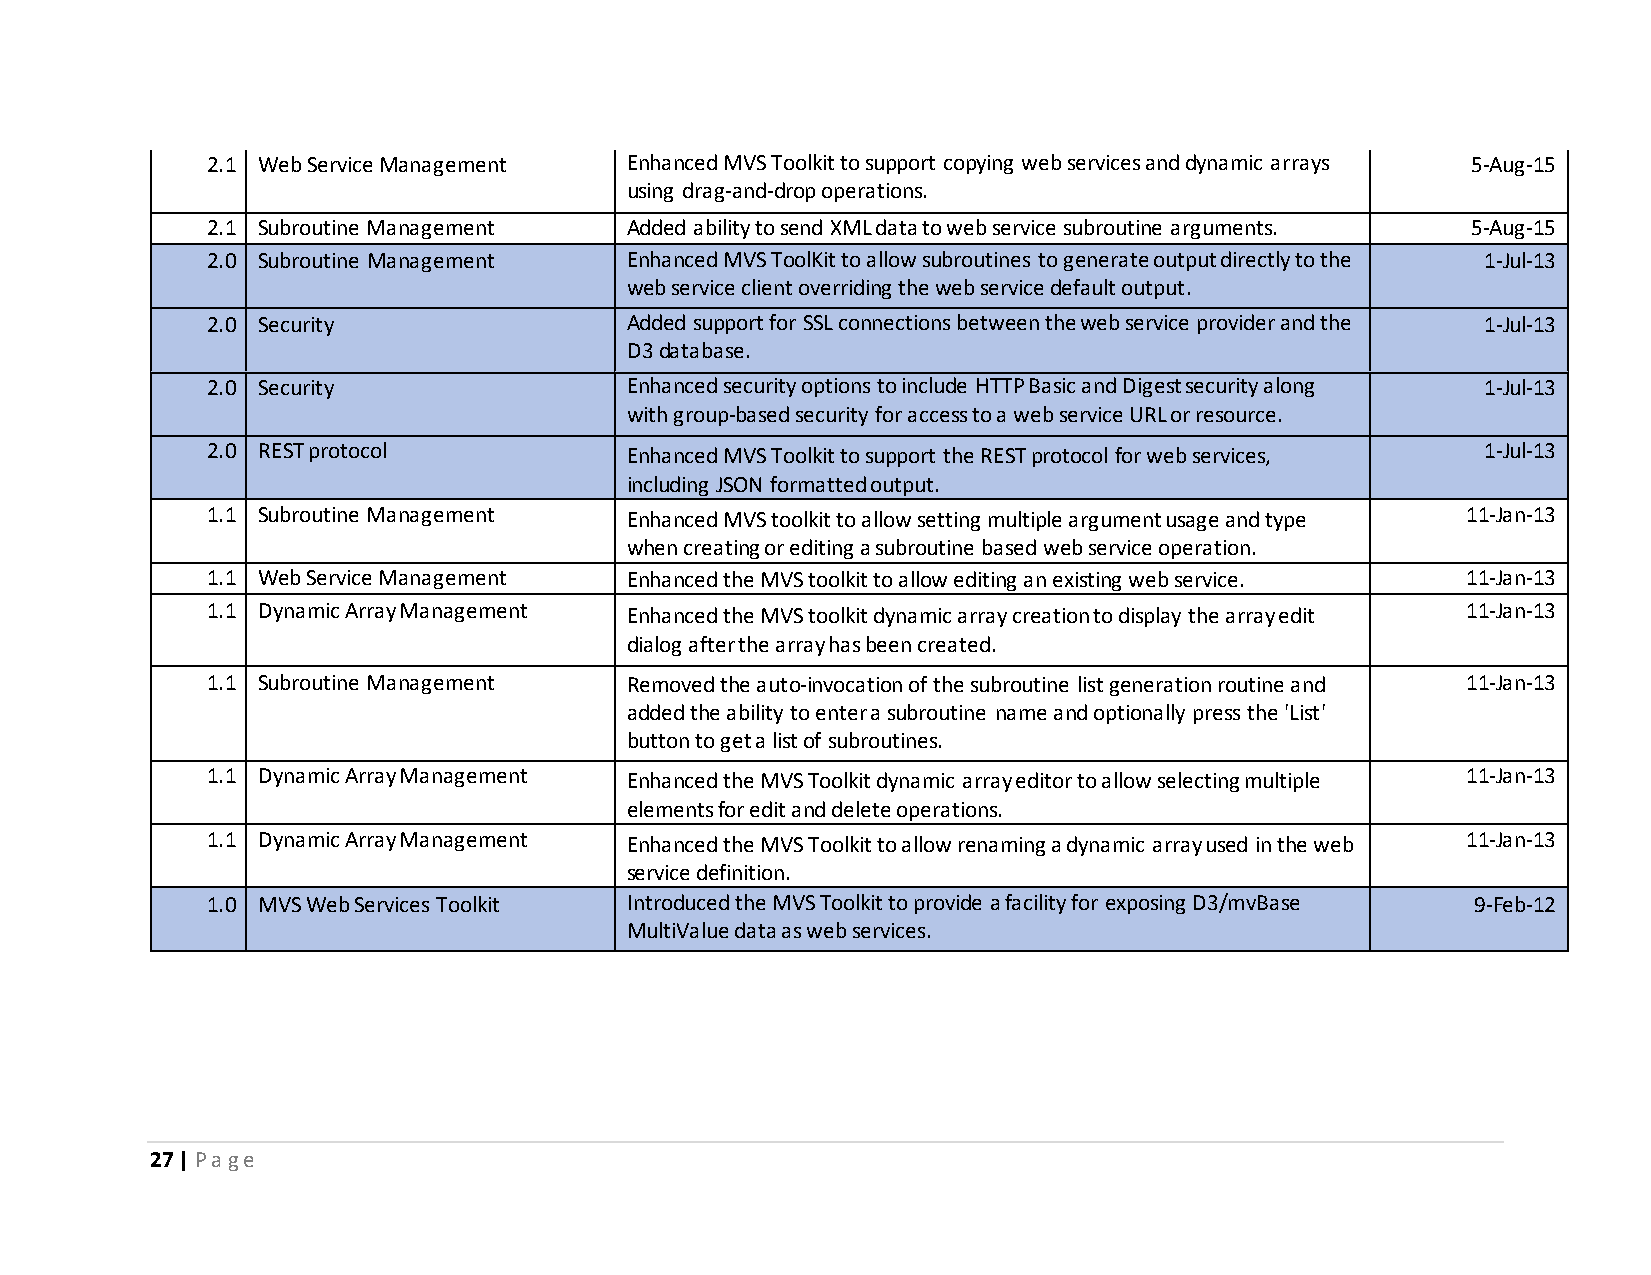
2.1 Web Service Management Enhanced MVS Toolkit to support copying web services and dynamic arrays 5-Aug-15
 using drag-and-drop operations.
 2.1 Subroutine Management  Added ability to send XML data to web service subroutine arguments. 5-Aug-15
 2.0 Subroutine Management  Enhanced MVS ToolKit to allow subroutines to generate output directly to the 1-Jul-13
 web service client overriding the web service default output.
 2.0 Security               Added support for SSL connections between the web service provider and the 1-Jul-13
 D3 database.
 2.0 Security               Enhanced security options to include HTTP Basic and Digest security along 1-Jul-13
 with group-based security for access to a web service URL or resource.
 2.0 REST protocol          Enhanced MVS Toolkit to support the REST protocol for web services, 1-Jul-13
 including JSON formatted output.
 1.1 Subroutine Management  Enhanced MVS toolkit to allow setting multiple argument usage and type 11-Jan-13
 when creating or editing a subroutine based web service operation.
 1.1 Web Service Management Enhanced the MVS toolkit to allow editing an existing web service. 11-Jan-13
 1.1 Dynamic Array Management Enhanced the MVS toolkit dynamic array creation to display the array edit 11-Jan-13
 dialog after the array has been created.
 1.1 Subroutine Management  Removed the auto-invocation of the subroutine list generation routine and 11-Jan-13
 added the ability to enter a subroutine name and optionally press the 'List'
 button to get a list of subroutines.
 1.1 Dynamic Array Management Enhanced the MVS Toolkit dynamic array editor to allow selecting multiple 11-Jan-13
 elements for edit and delete operations.
 1.1 Dynamic Array Management Enhanced the MVS Toolkit to allow renaming a dynamic array used in the web 11-Jan-13
 service definition.
 1.0 MVS Web Services Toolkit Introduced the MVS Toolkit to provide a facility for exposing D3/mvBase 9-Feb-12
 MultiValue data as web services.
 27 | P a g e